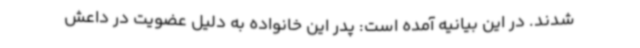
شدند. در این بیانیه آمده است: پدر این خانواده به دلیل عضویت در داعش